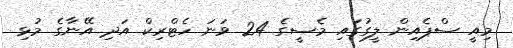
މިއީ ސްޕެއިން ލީގުގައި މެސީގެ 24 ވަނަ ހެޓްރިކް އަދި އޭނާގެ މުޅި